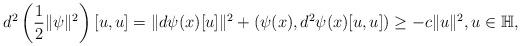
LaTeX: \begin{align*}d^2 \left( \frac{1}{2} \|\psi\|^2 \right)[u,u] = \|d\psi(x)[u]\|^2 + (\psi(x),d^2 \psi(x)[u,u]) \geq - c \|u\|^2, u\in \mathbb{H},\end{align*}